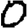
Digit: 0